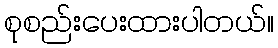
စုစည်းပေးထားပါတယ်။